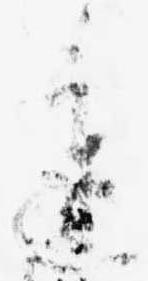
進